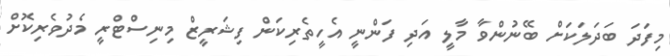
މިފަދަ ބަދަލަކަށް ބޭނުންވާ މާލީ އަދި ފަންނީ އެހީތެރިކަން ފިޝަރީޒް މިނިސްޓްރީ މެދުވެރިކޮށް